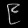
Digit: ၉